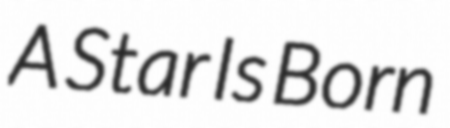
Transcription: A Star Is Born